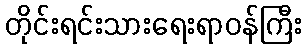
တိုင်းရင်းသားရေးရာဝန်ကြီး